Kambja_algkool, lk 53
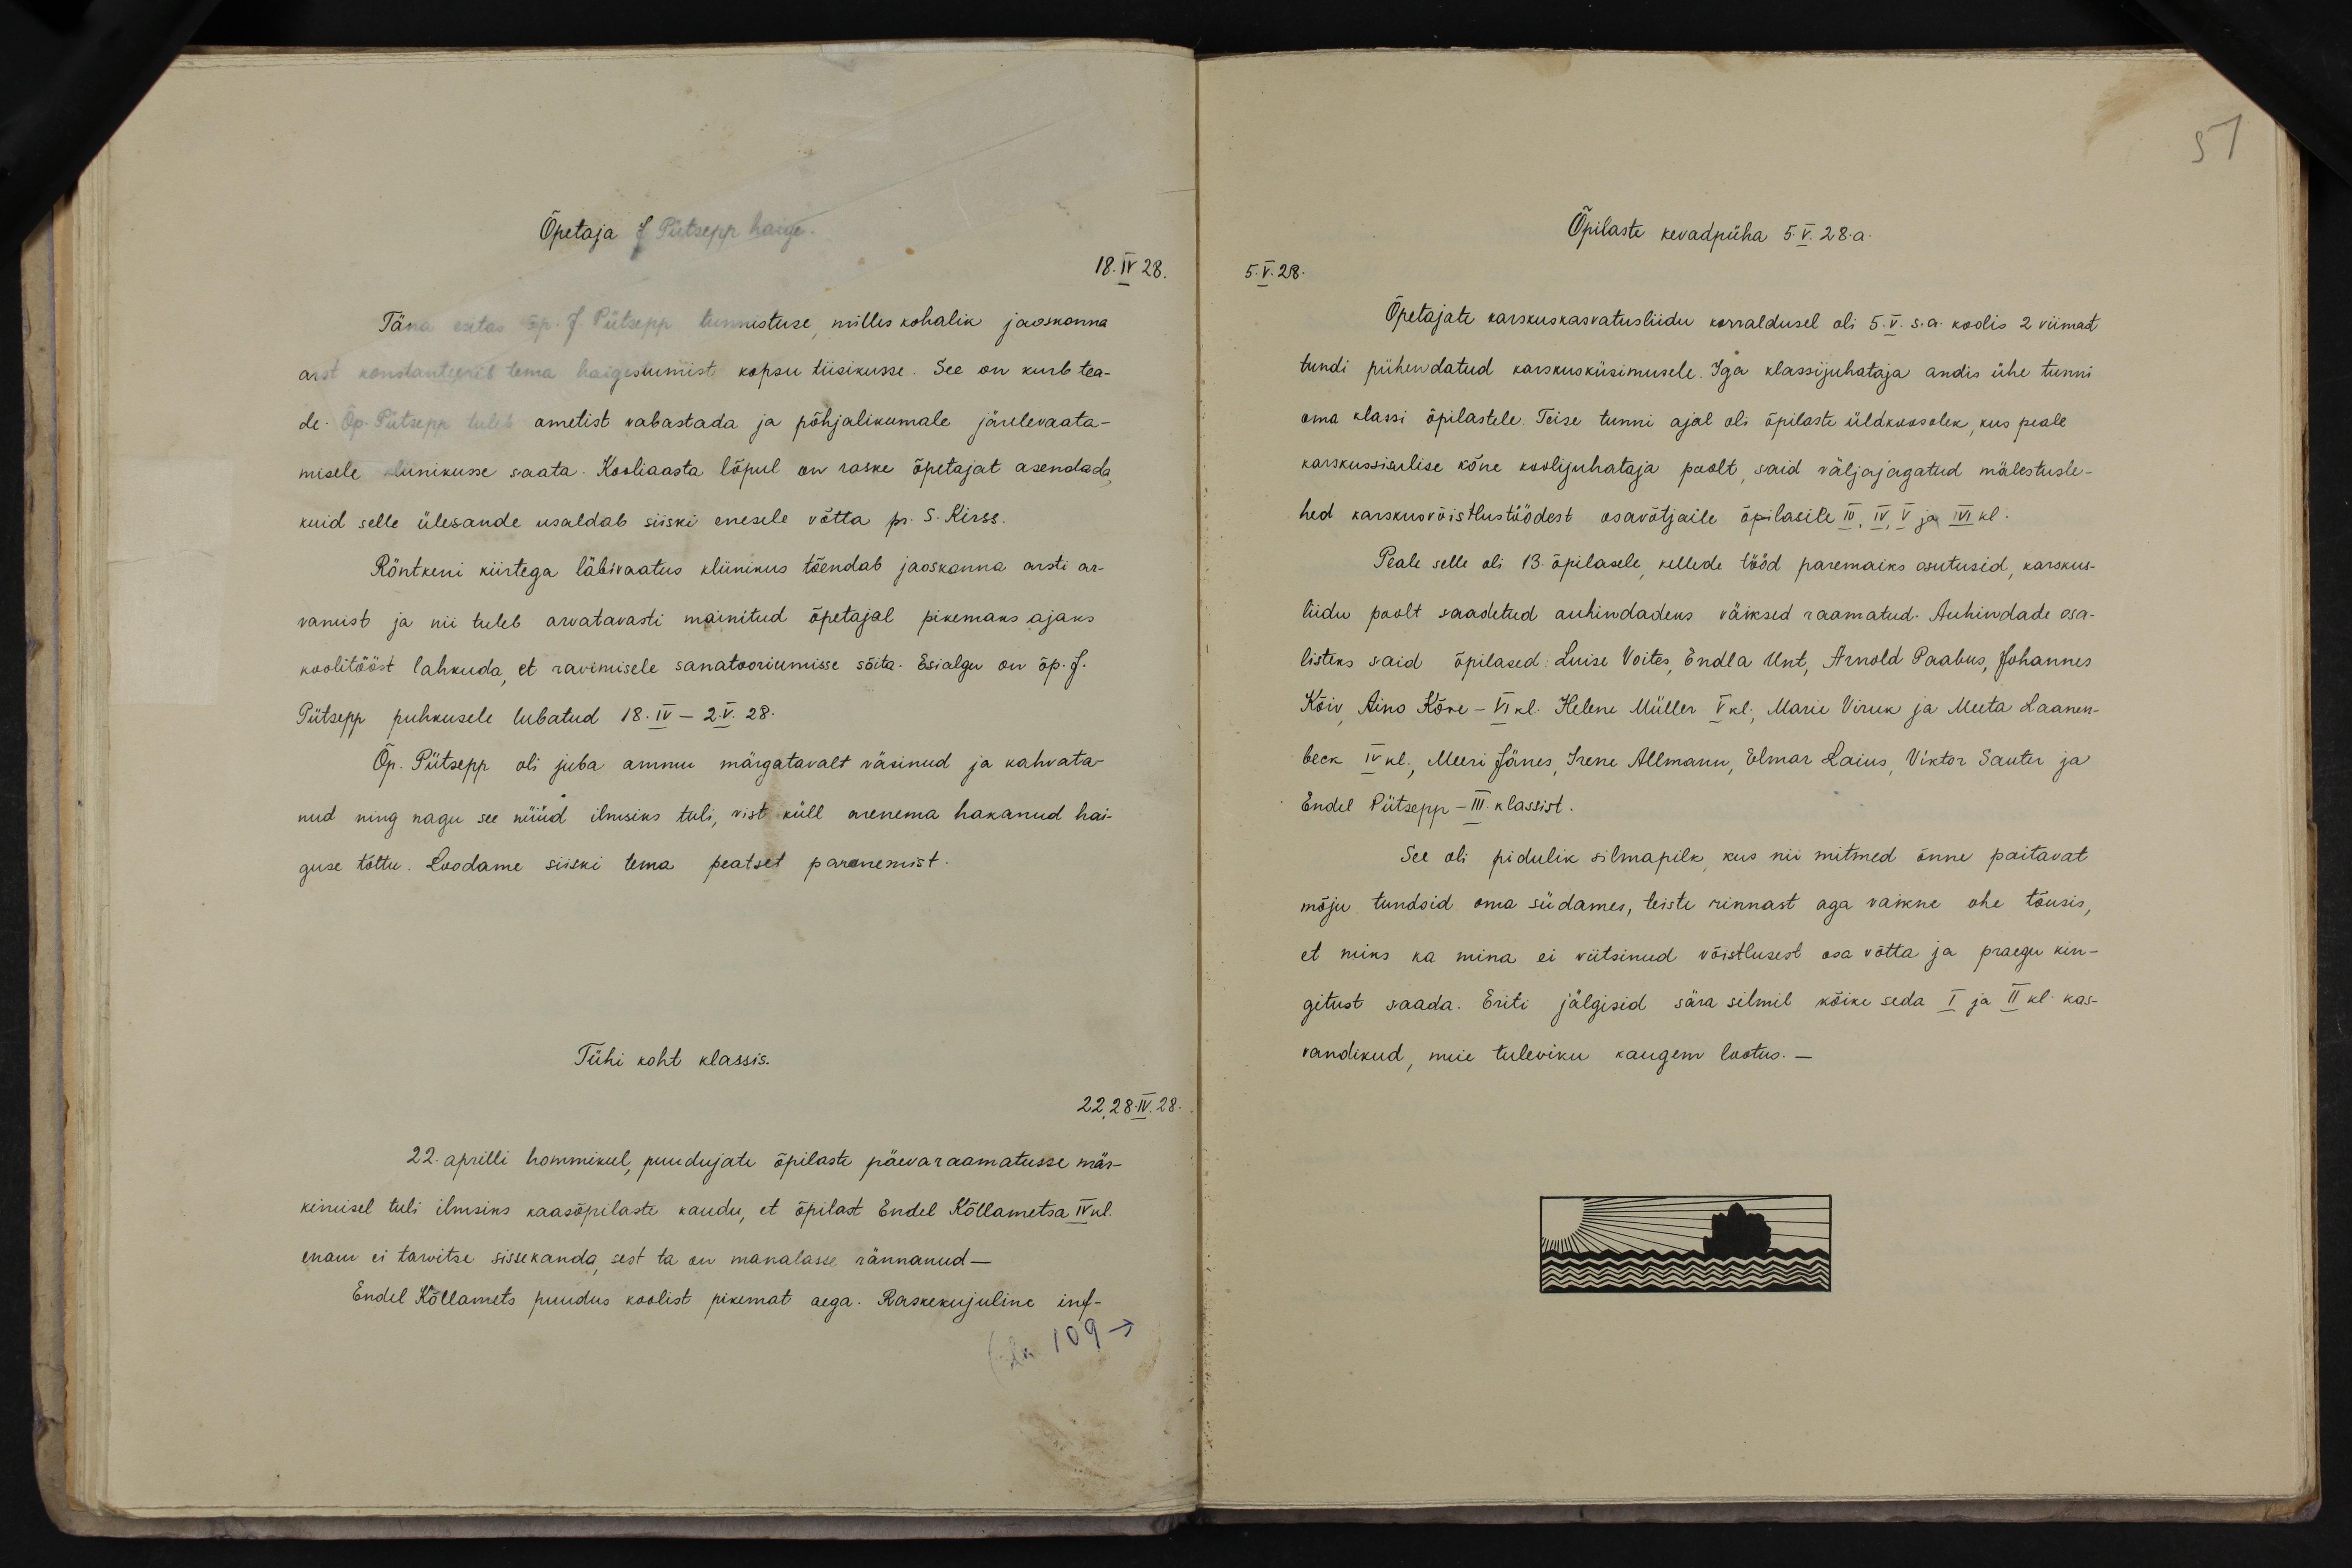
Õpetaja J Pütsepp haige.
18.IV.28.
Täna esitas õp. J. Pütsepp tunnistuse, milles kohalik jaoskonna
arst konstanteerib tema haigestumist kopsu tiisikusse. See on kurb tea-
de Õp. Pütsepp tuleb ametist vabastada ja põhjalikumale järelevaata-
misele kiinikusse saata. Kooliaasta lõpul on raske õpetajat asendada,
kuid selle ülesande usaldab siiski enesele võtta pr. S. Kirss.
Röntkeni kiirtega läbivaatus kliinikus tõendab jaoskonna orsti ar-
vamist ja nii tuleb arvatavasti mainitud õpetajal pikemaks ajaks
koolitööst lahkuda, et ravimisele sanatooriumisse sõita. Esialgu on õp. J.
Pütsepp puhkusele lubatud 18.IV - 2.V. 28.
Õp. Pütsepp oli juba ammu märgatavalt väsinud ja kahvata-
nud ning nagu see nüüd ilmiseks tuli, vist küll arenema hakanud hai-
guse tõttu. Loodame siiski tema peatset paranemist.
Tühi koht klassis.
22, 28.IV.28.
22. aprilli hommikul, puudujate õpilaste päevaraamatusse mär-
kimisel tuli ilmsiks kaasõpilaste kaudu, et õpifast Endel Kõllametsa IV kl.
enam ei tarvitse sissekanda sest ta on manalasse rännanud –
Endel Kõllamets puudus koolist pikemat aega. Raskekujuline inf-
lk109 ->

57
Õpilaste kevadpüha 5.V.28.a.
5.V.28.
Õpetajate karskuskasvatusliidu korraldusel oli 5.V. s.a. koolis 2 viimast
tundi pühendatud karskusküsimusele. Iga klassijuhataja andis ühe tunni
oma klassi õpilastele. Teise tunni ajal oli õpilaste üldkoosolek, kus peale
karskussisulise kõne koolijuhataja poolt, said väljajagatud mälestusle-
hed karskusvõistlustöödest osavõtjaile õpilasile III, IV, V ja IV kl.
Peale selle oli 13 õpilasele, kellede tööd paremaiks asutusid, karskus-
liidu poolt saadetud auhindadeks väiksed raamatud. Auhindade osa-
listeks said õpilased: Luise Voites, Endla Unt, Arnold Paabus, Johannes
Kõiv Aino Kõve - VI kl. Helene Müller V.kl., Marie Viruk ja Meeta Laanen-
beck IV kl. Meeri Jänes, Irene Allmann, Elmar Laius, Viktor Sauter ja
Endel Pütsepp - III. klassist.
See oli pidulik silmapilk, kus nii mitmed õnne paitavat
mõju tundsid oma südames, teiste rinnast aga vaikne ohe tõusis,
et miks ka mina ei viitsinud võistlusest osa vòtta ja praegu kin-
gitust saada. Eriti jälgisid sära silmil kõike seda I ja II kl. kas-
vandikud, meie tuleviku kaugem lootus.